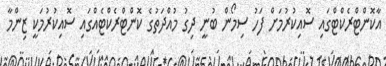
އާކޮންޓްރެކްޓްގައި ސޮއިކުރުމަށް ފަހު ސިމޯން ބުނީ ދިގު މުއްދަތުގެ ކޮންޓްރެކްޓެއްގައި ސޮއިކުރުމަކީ ޒިންމާ